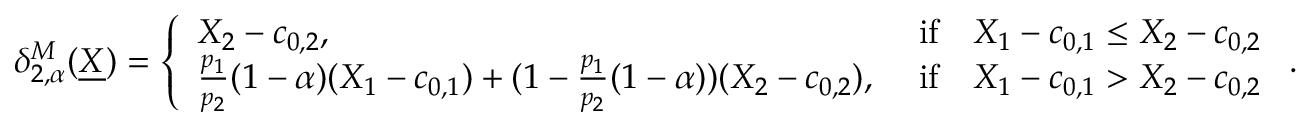
\begin{array} { r } { \delta _ { 2 , \alpha } ^ { M } ( \underline { { X } } ) = \left\{ \begin{array} { l l } { X _ { 2 } - c _ { 0 , 2 } , } & { \mathrm { ~ i f } \quad X _ { 1 } - c _ { 0 , 1 } \leq X _ { 2 } - c _ { 0 , 2 } } \\ { \frac { p _ { 1 } } { p _ { 2 } } ( 1 - \alpha ) ( X _ { 1 } - c _ { 0 , 1 } ) + ( 1 - \frac { p _ { 1 } } { p _ { 2 } } ( 1 - \alpha ) ) ( X _ { 2 } - c _ { 0 , 2 } ) , } & { \mathrm { ~ i f } \quad X _ { 1 } - c _ { 0 , 1 } > X _ { 2 } - c _ { 0 , 2 } } \end{array} \right. . } \end{array}